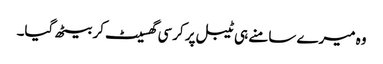
وہ میرے سامنے ہی ٹیبل پر کرسی گھسیٹ کر بیٹھ گیا۔